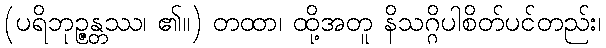
(ပရိဘုဉ္ဇန္တဿ၊ ၏။) တထာ၊ ထို့အတူ နိသဂ္ဂိပါစိတ်ပင်တည်း၊